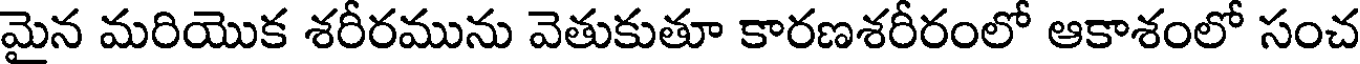
మైన మరియొక శరీరమును వెతుకుతూ కారణశరీరంలో ఆకాశంలో సంచ